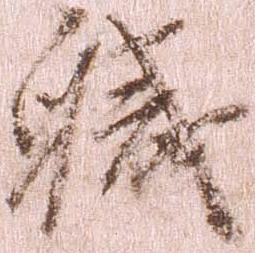
職